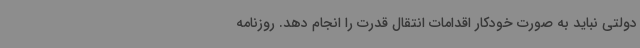
دولتی نباید به صورت خودکار اقدامات انتقال قدرت را انجام دهد. روزنامه